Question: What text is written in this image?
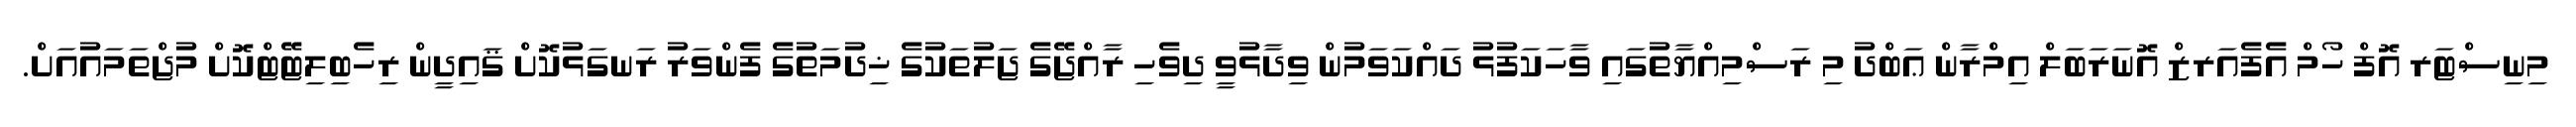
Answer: މިނިސްޓަރ އޮފް ހޯމް އެފެއަރޒް އޮނަރަބަލް އިމްރާން ޢަބްދު މި ރަސްމިއްޔާތުގައި ވާހަކަފުޅު ދައްކަވަމުން ވިދާޅުވީ ދިވެހި ރާއްޖޭގެ ޖަލުތަކުގެ ޚިދުމަތުގެ ފެންވަރު ރަނގަޅުކޮށް ޤައިދީން ރިހެބިލިޓޭޓްކޮށް މުޖްތަމައުއަށް.